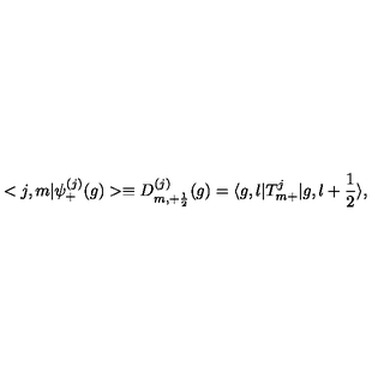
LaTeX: < j , m | { \psi } _ { + } ^ { ( j ) } ( g ) > \equiv D _ { m , + \frac { 1 } { 2 } } ^ { ( j ) } ( g ) = \langle g , l | T _ { m + } ^ { j } | g , l + \frac { 1 } { 2 } \rangle ,